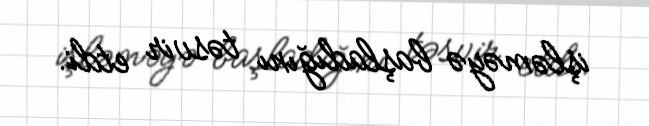
işləməyə başladığını təsvir etdi.